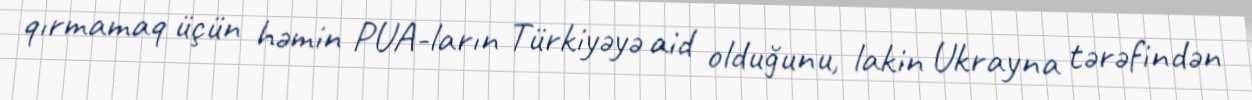
qırmamaq üçün həmin PUA-ların Türkiyəyə aid olduğunu, lakin Ukrayna tərəfindən